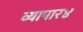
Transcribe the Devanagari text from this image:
व्यापार४